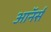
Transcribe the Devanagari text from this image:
अाॅनर्स